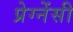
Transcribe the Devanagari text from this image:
प्रेग्नेंसी